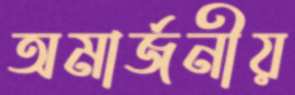
অমার্জনীয়